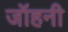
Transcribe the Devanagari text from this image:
जॉहनी